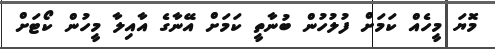
މޮޔަ މީހެއް ކަމަށް ފުލުހުން ބުނާތީ ކަމަށް އޭނާގެ އާއިލާ މީހުން ކޯޓަށް